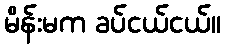
မိန်းမက ခပ်ငယ်ငယ်။